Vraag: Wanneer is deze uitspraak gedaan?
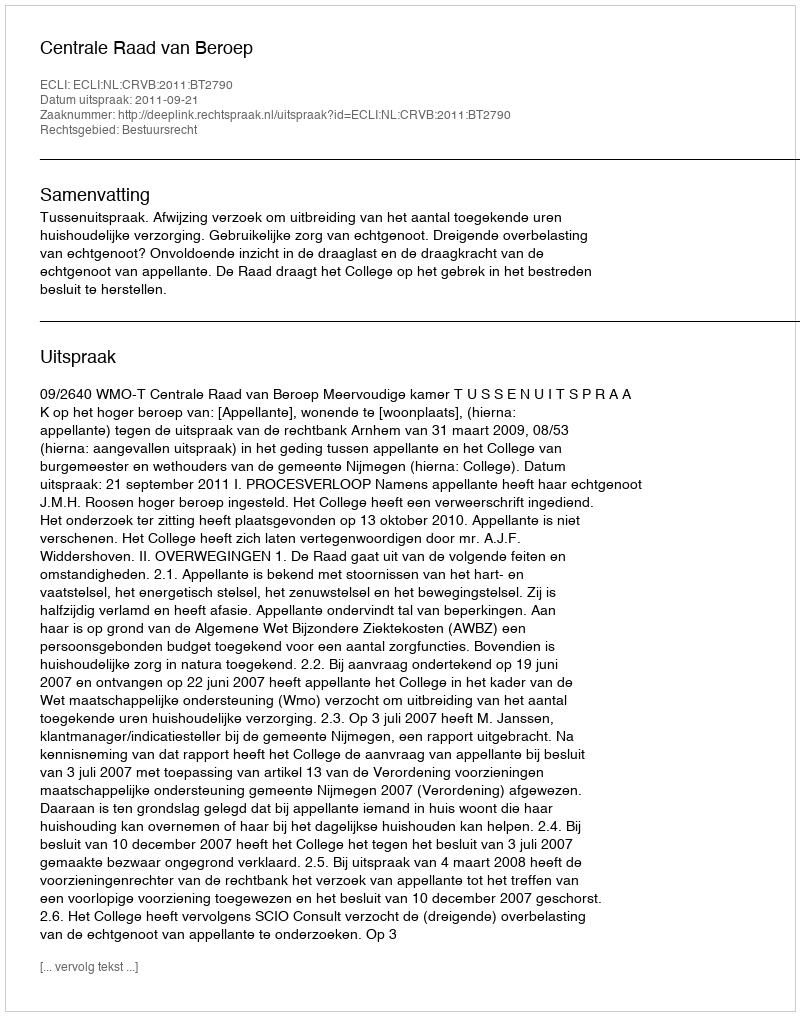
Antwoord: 2011-09-21